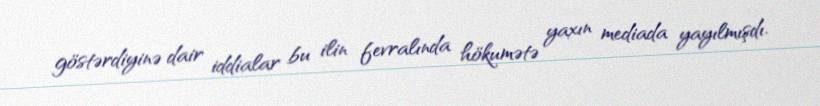
göstərdiyinə dair iddialar bu ilin fevralında hökumətə yaxın mediada yayılmışdı.